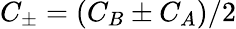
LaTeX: C_{\pm}=(C_{B}\pm C_{A})/2